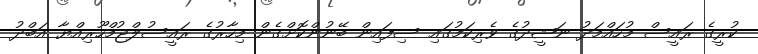
ކުރީގެ ރައީސް މުހައްމަދު ނަޝީދުގެ ވެރިކަމުގައި ސިފައިން ބޭނުންކޮށްގެން މިހާރުގެ ރައީސުލްޖުމްހޫރިއްޔާ އަބްދު